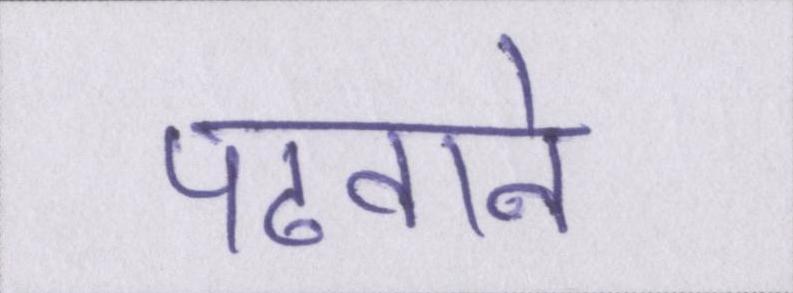
पढवाने